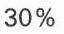
30 %